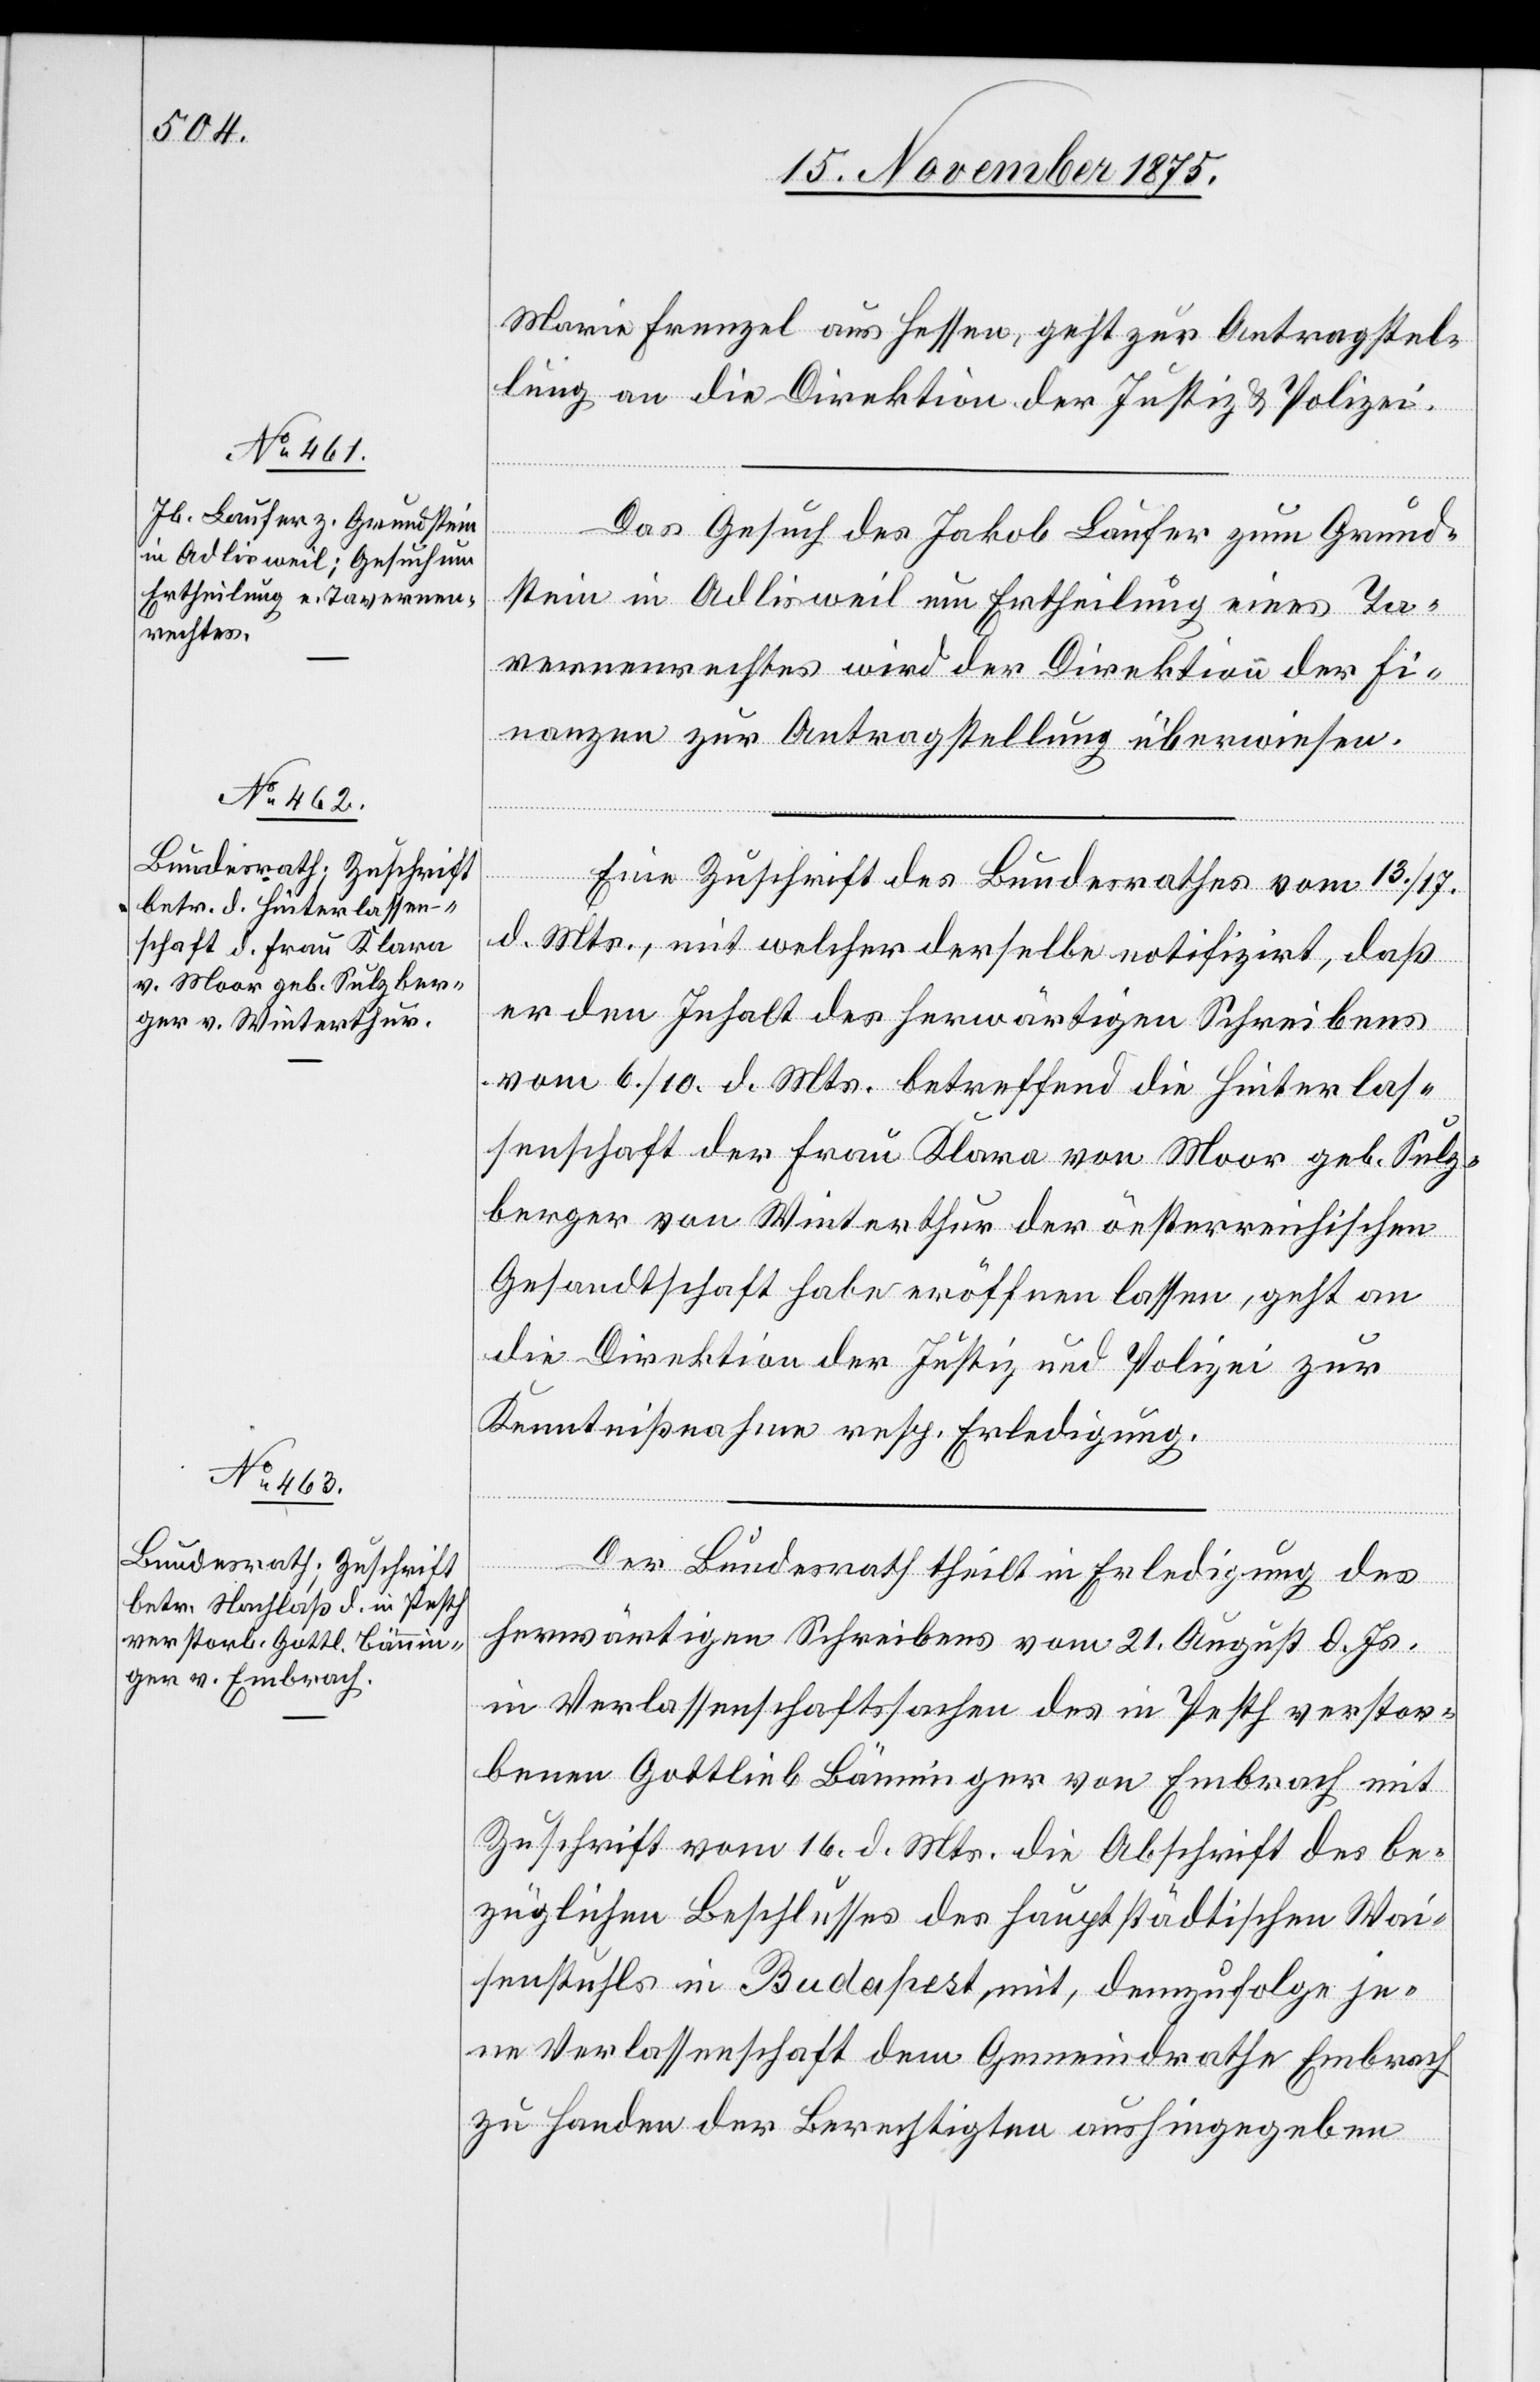
18. November 1875.]
Maria Frenzel aus Hessen, geht zur Antragstel¬
lung an die Direktion der Justiz & Polizei.
ia¬
l-Verfügungen.
Das Gesuch des Jakob Laufer zum Grund¬
stein in Adlisweil um Ertheilung eines Ta¬
vernenrechtes wird der Direktion der Fi¬
nanzen zur Antragstellung überwiesen.
[Präsid¬
Eine Zuschrift des Bundesrathes vom 13./17.
d. Mts., mit welcher derselbe notifizirt, daß
er den Inhalt des herwärtigen Schreibens
vom 6./10. d. Mts. betreffend die Hinterlas¬
senschaft der Frau Klara von Moor geb. Sulz¬
berger von Winterthur der österreichischen
Gesandtschaft habe eröffnen lassen, geht an
die Direktion der Justiz und Polizei zur
Kenntnißnahme resp. Erledigung.
Der Bundesrath theilt in Erledigung des
herwärtigen Schreibens vom 21. August d. Js.
in Verlassenschaftssachen des in Pesth verstor¬
benen Gottlieb Bänninger von Embrach mit
Zuschrift vom 16. d. Mts. die Abschrift des be¬
züglichen Beschlusses des hauptstädtischen Wai¬
senstuhls in Budapest mit, demzufolge je¬
ne Verlassenschaft dem Gemeindrathe Embrach
zu Handen der Berechtigten aushingegeben